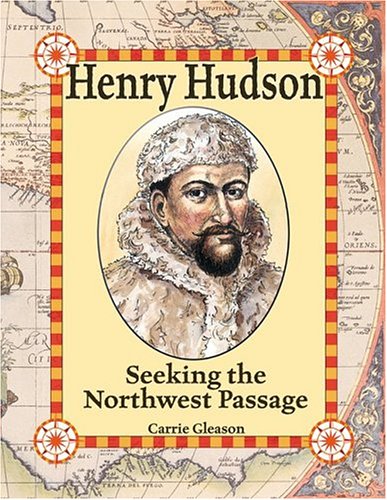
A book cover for Henry Hudson: Seeking the Northwest Passage (In the Footsteps of Explorers); Carrie Gleason; Children's Books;